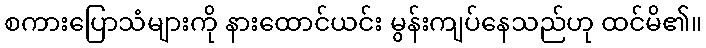
စကားပြောသံများကို နားထောင်ယင်း မွန်းကျပ်နေသည်ဟု ထင်မိ၏။